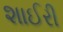
શાઈરી